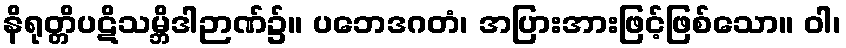
နိရုတ္တိပဋိသမ္ဘိဒါဉာဏ်၌။ ပဘေဒဂတံ၊ အပြားအားဖြင့်ဖြစ်သော။ ဝါ၊